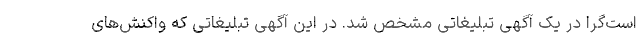
است‌گرا در یک آگهی تبلیغاتی مشخص شد. در این آگهی تبلیغاتی که واکنش‌های